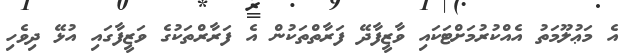
އެ މަޢުލޫމަތު އެއްކުރުމަށްޓަކައި ވާޒީފާދޭ ފަރާތްތަކުން އެ ފަރާރްތަކުގެ ވަޒީފާގައި އުޅޭ ދިވެހި